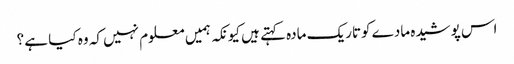
اس پوشیدہ مادے کوتاریک مادہ کہتے ہیں کیونکہ ہمیں معلوم نہیں کہ وہ کیا ہے ؟